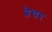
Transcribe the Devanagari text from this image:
ब्रेचर